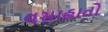
વસાહાતો